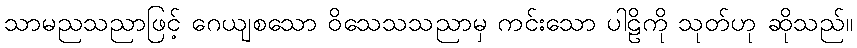
သာမညသညာဖြင့် ဂေယျစသော ဝိသေသသညာမှ ကင်းသော ပါဠိကို သုတ်ဟု ဆိုသည်။